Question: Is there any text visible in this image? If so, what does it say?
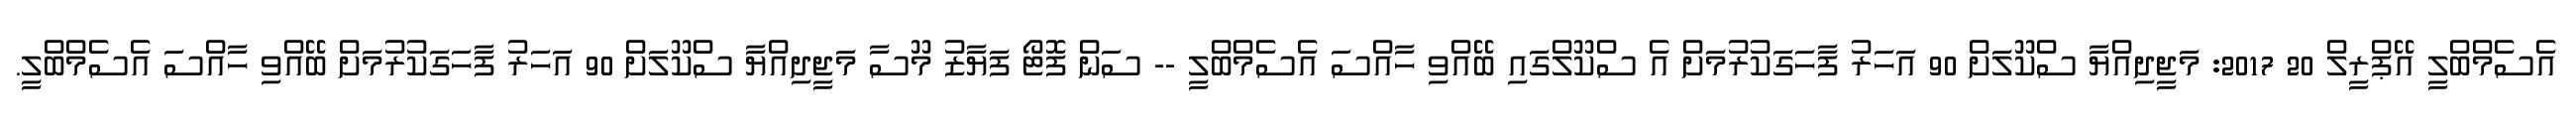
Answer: އެސެމްބްލީ އޭޕްރީލް 20 2017: މަޖީދިއްޔާ ސްކޫލަށް 90 އަހަރު ފާހަގަކުރުމަށް އެ ސްކޫލްގައި ބޭއްވި ހާއްސަ އެސެމްބްލީ -- ސަން ފޮޓޯ ފަޔާޒު މޫސާ މަޖީދިއްޔާ ސްކޫލަށް 90 އަހަރު ފާހަގަކުރުމަށް ބޭއްވި ހާއްސަ އެސެމްބްލީ.